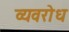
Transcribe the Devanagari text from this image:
व्यवरोध